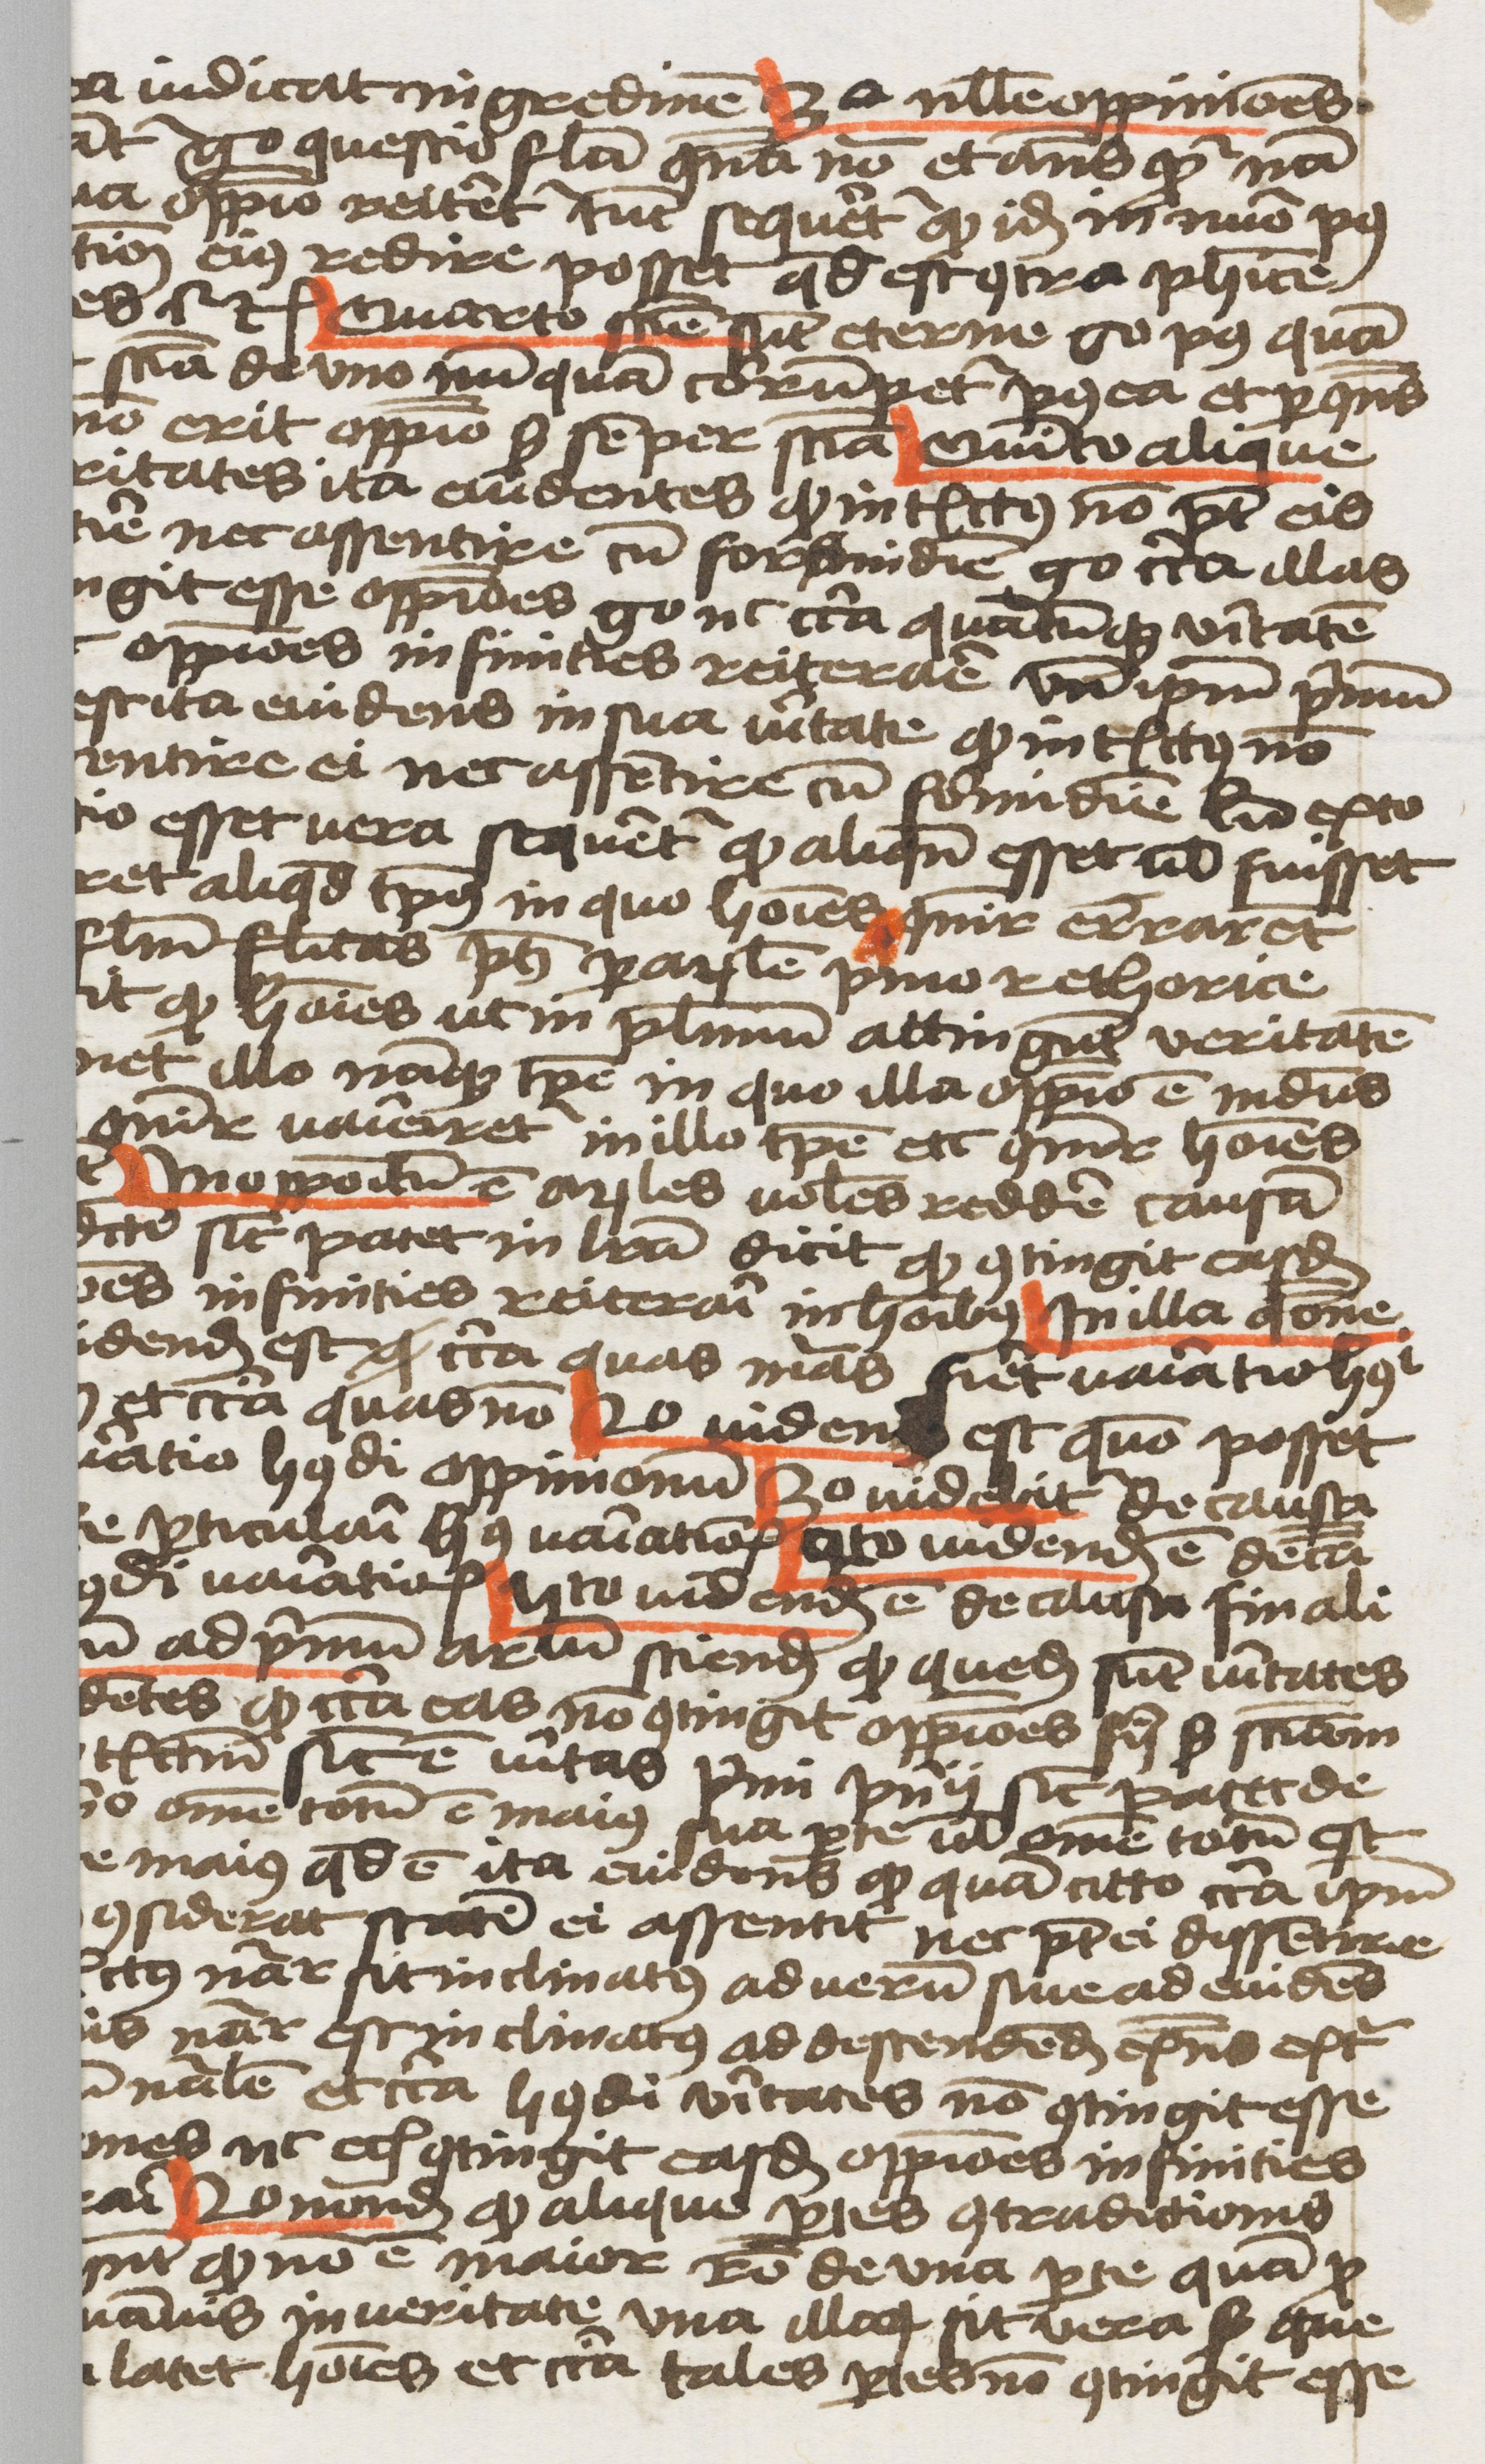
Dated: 1459–1459